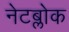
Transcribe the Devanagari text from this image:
नेटब्लोक